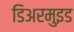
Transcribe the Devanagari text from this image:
डिअरमुइड